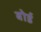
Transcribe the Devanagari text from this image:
बोर्ड